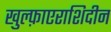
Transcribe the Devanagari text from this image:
खुल्फ़ाएराशिदीन